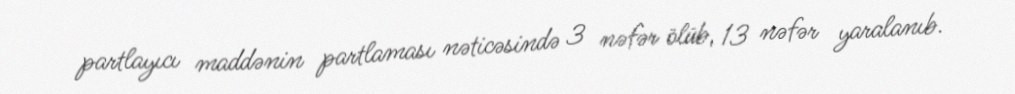
partlayıcı maddənin partlaması nəticəsində 3 nəfər ölüb, 13 nəfər yaralanıb.